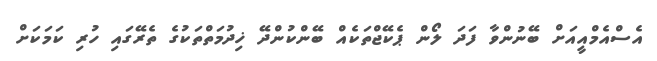
އެސްއެމްއީއަށް ބޭނުންވާ ފަދަ ލޯން ޕެކޭޖްތަކެއް ބޭންކުންދޭ ޚިދުމަތްތަކުގެ ތެރޭގައި ހުރި ކަމަކަށް